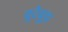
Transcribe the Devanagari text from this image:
बूदेबूझ